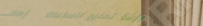
ورشة تصليح الساعات   إصلا